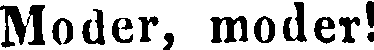
Moder, moder!